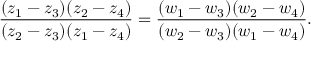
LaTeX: { \frac { ( z _ { 1 } - z _ { 3 } ) ( z _ { 2 } - z _ { 4 } ) } { ( z _ { 2 } - z _ { 3 } ) ( z _ { 1 } - z _ { 4 } ) } } = { \frac { ( w _ { 1 } - w _ { 3 } ) ( w _ { 2 } - w _ { 4 } ) } { ( w _ { 2 } - w _ { 3 } ) ( w _ { 1 } - w _ { 4 } ) } } .